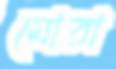
মোরা